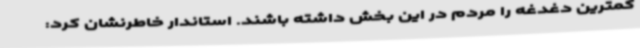
کمترین دغدغه را مردم در این بخش داشته باشند. استاندار خاطرنشان کرد: